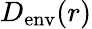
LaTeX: D_{\mathrm{env}}(r)